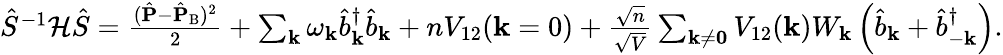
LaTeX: \begin{array}{r}{\hat{S}^{-1}\mathcal{H}\hat{S}=\frac{(\hat{\mathbf{P}}-\hat{\mathbf{P}}_{\mathrm{B}})^{2}}{2}+\sum_{\mathbf{k}}\omega_{\mathbf{k}}\hat{b}_{\mathbf{k}}^{\dagger}\hat{b}_{\mathbf{k}}+nV_{\mathrm{12}}(\mathbf{k}=0)+\frac{\sqrt{n}}{\sqrt{V}}\sum_{\mathbf{k\neq 0}}V_{\mathrm{12}}(\mathbf{k})W_{\mathbf{k}}\left(\hat{b}_{\mathbf{k}}+\hat{b}_{-\mathbf{k}}^{\dagger}\right).}\end{array}